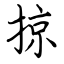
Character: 掠